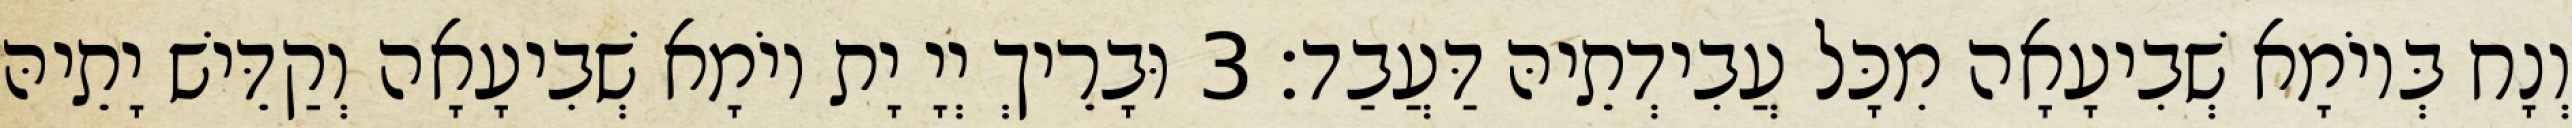
וְנָח בְּיוֹמָא שְׁבִיעָאָה מִכָּל עֲבִידְתֵיהּ דַּעֲבַד׃ 3 וּבָרֵיךְ יְיָ יָת יוֹמָא שְׁבִיעָאָה וְקַדֵּישׁ יָתֵיהּ